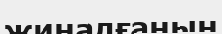
жиналғанын